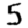
Digit: 5